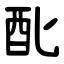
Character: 䣥